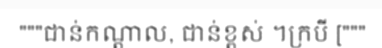
"""ជាន់កណ្តាល, ជាន់ខ្ពស់ ។ក្របី ["""